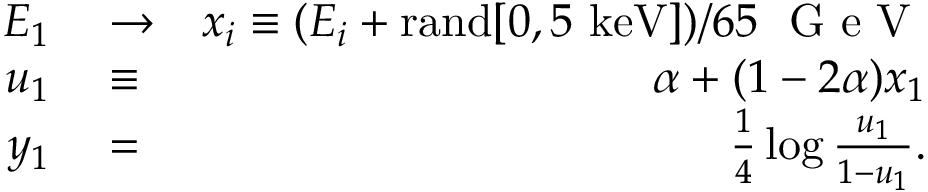
\begin{array} { r l r } { E _ { 1 } } & { { } \to } & { x _ { i } \equiv ( E _ { i } + \mathrm { r a n d } [ 0 , 5 ~ \mathrm { k e V } ] ) / 6 5 ~ \mathrm { ~ G ~ e ~ V ~ } } \\ { u _ { 1 } } & { { } \equiv } & { \alpha + ( 1 - 2 \alpha ) x _ { 1 } } \\ { y _ { 1 } } & { { } = } & { \frac { 1 } { 4 } \log \frac { u _ { 1 } } { 1 - u _ { 1 } } . } \end{array}